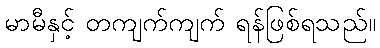
မာမီနှင့် တကျက်ကျက် ရန်ဖြစ်ရသည်။